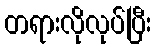
တရားလိုလုပ်ပြီး